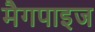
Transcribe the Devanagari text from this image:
मैगपाइज